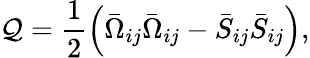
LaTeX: \mathcal{Q}=\frac{{1}}{{2}}\left(\bar{{\Omega}}_{ij}\bar{{\Omega}}_{ij}-\bar{{S}}_{ij}\bar{{S}}_{ij}\right),